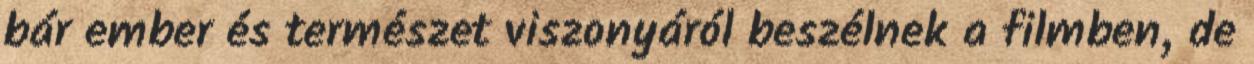
bár ember és természet viszonyáról beszélnek a filmben, de